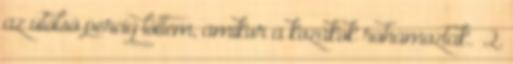
az utolsó percig lőttem, amikor a kozákok rohamoztak.” 2.